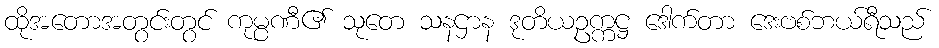
ထိုအတောအတွင်းတွင် ကုမ္ပဏီ၏ သုတေ သနဌာန ဒုတိယဥက္ကဋ္ဌ ဒေါက်တာ ဒေးဗစ်ဘယ်ရီသည်